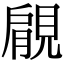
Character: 𧡌